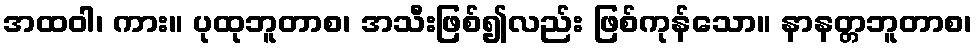
အထဝါ၊ ကား။ ပုထုဘူတာစ၊ အသီးဖြစ်၍လည်း ဖြစ်ကုန်သော။ နာနတ္တဘူတာစ၊